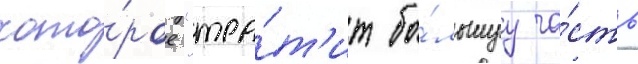
кото́рое "тра́т'ит бо́льшуу ча́сть